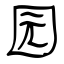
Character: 园